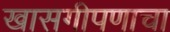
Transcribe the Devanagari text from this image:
खासगीपणाचा